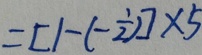
= [ 1 - ( - \frac { 1 } { 2 } ) ] \times 5